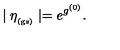
\mid \eta _ { _ \mathrm { ( g s ) } } \mid = e ^ { g ^ { ( 0 ) } } .